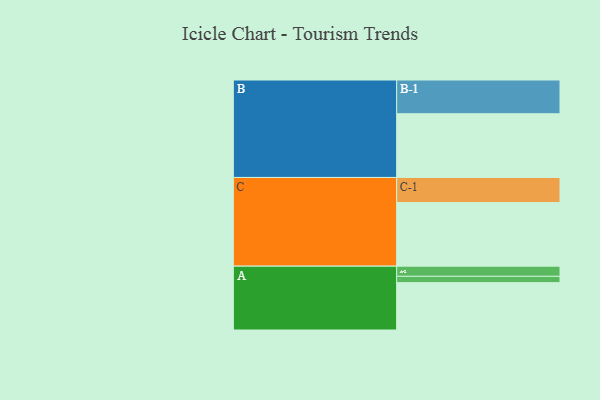
{"axis": {"x": "Segment", "y": "Value"}, "legend": ["", "A", "B", "C"], "data": [{"x": "A", "y": 373, "type": ""}, {"x": "B", "y": 502, "type": ""}, {"x": "C", "y": 501, "type": ""}, {"x": "A-1", "y": 50, "type": "A"}, {"x": "A-2", "y": 80, "type": "A"}, {"x": "B-1", "y": 266, "type": "B"}, {"x": "C-1", "y": 198, "type": "C"}]}